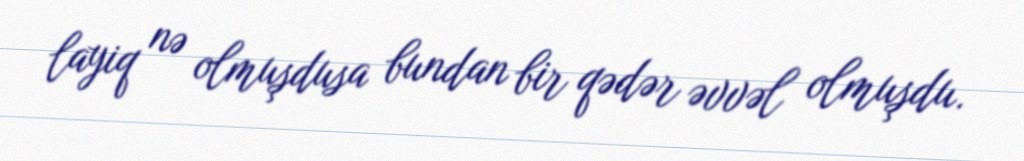
layiq nə olmuşdusa bundan bir qədər əvvəl olmuşdu.